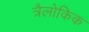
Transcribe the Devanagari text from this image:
त्रैलोकिक